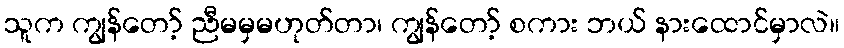
သူက ကျွန်တော့် ညီမမှမဟုတ်တာ၊ ကျွန်တော့် စကား ဘယ် နားထောင်မှာလဲ။